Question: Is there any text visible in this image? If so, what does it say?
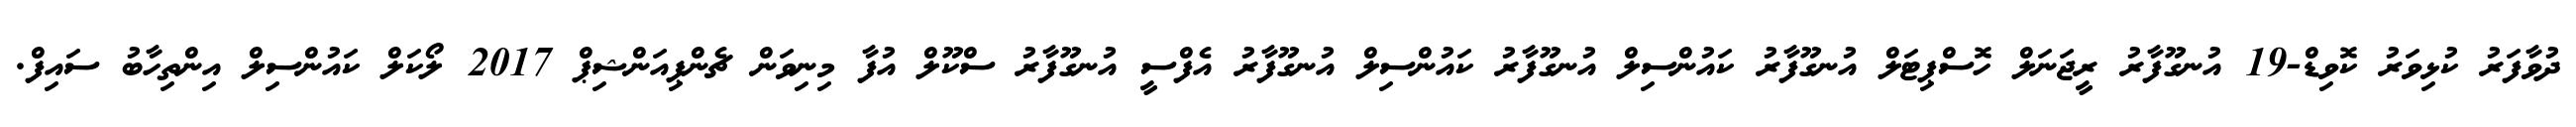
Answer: ދުވާފަރު ކުޅިވަރު ކޮވިޑް-19 އުނގޫފާރު ރީޖަނަލް ހޮސްޕިޓަލް އުނގޫފާރު ކައުންސިލް އުނގޫފާރު ކައުންސިލް އުނގޫފާރު އެފްސީ އުނގޫފާރު ސްކޫލް އުފާ މިނިވަން ޗެންޕިއަންޝިޕް 2017 ލޯކަލް ކައުންސިލް އިންތިހާބު ސައިފް.